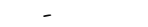
-